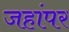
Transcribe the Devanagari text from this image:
जहांपर